65_HS1-834228961_62-HQ-83894_Section_4
Agency: FBI
Page 142
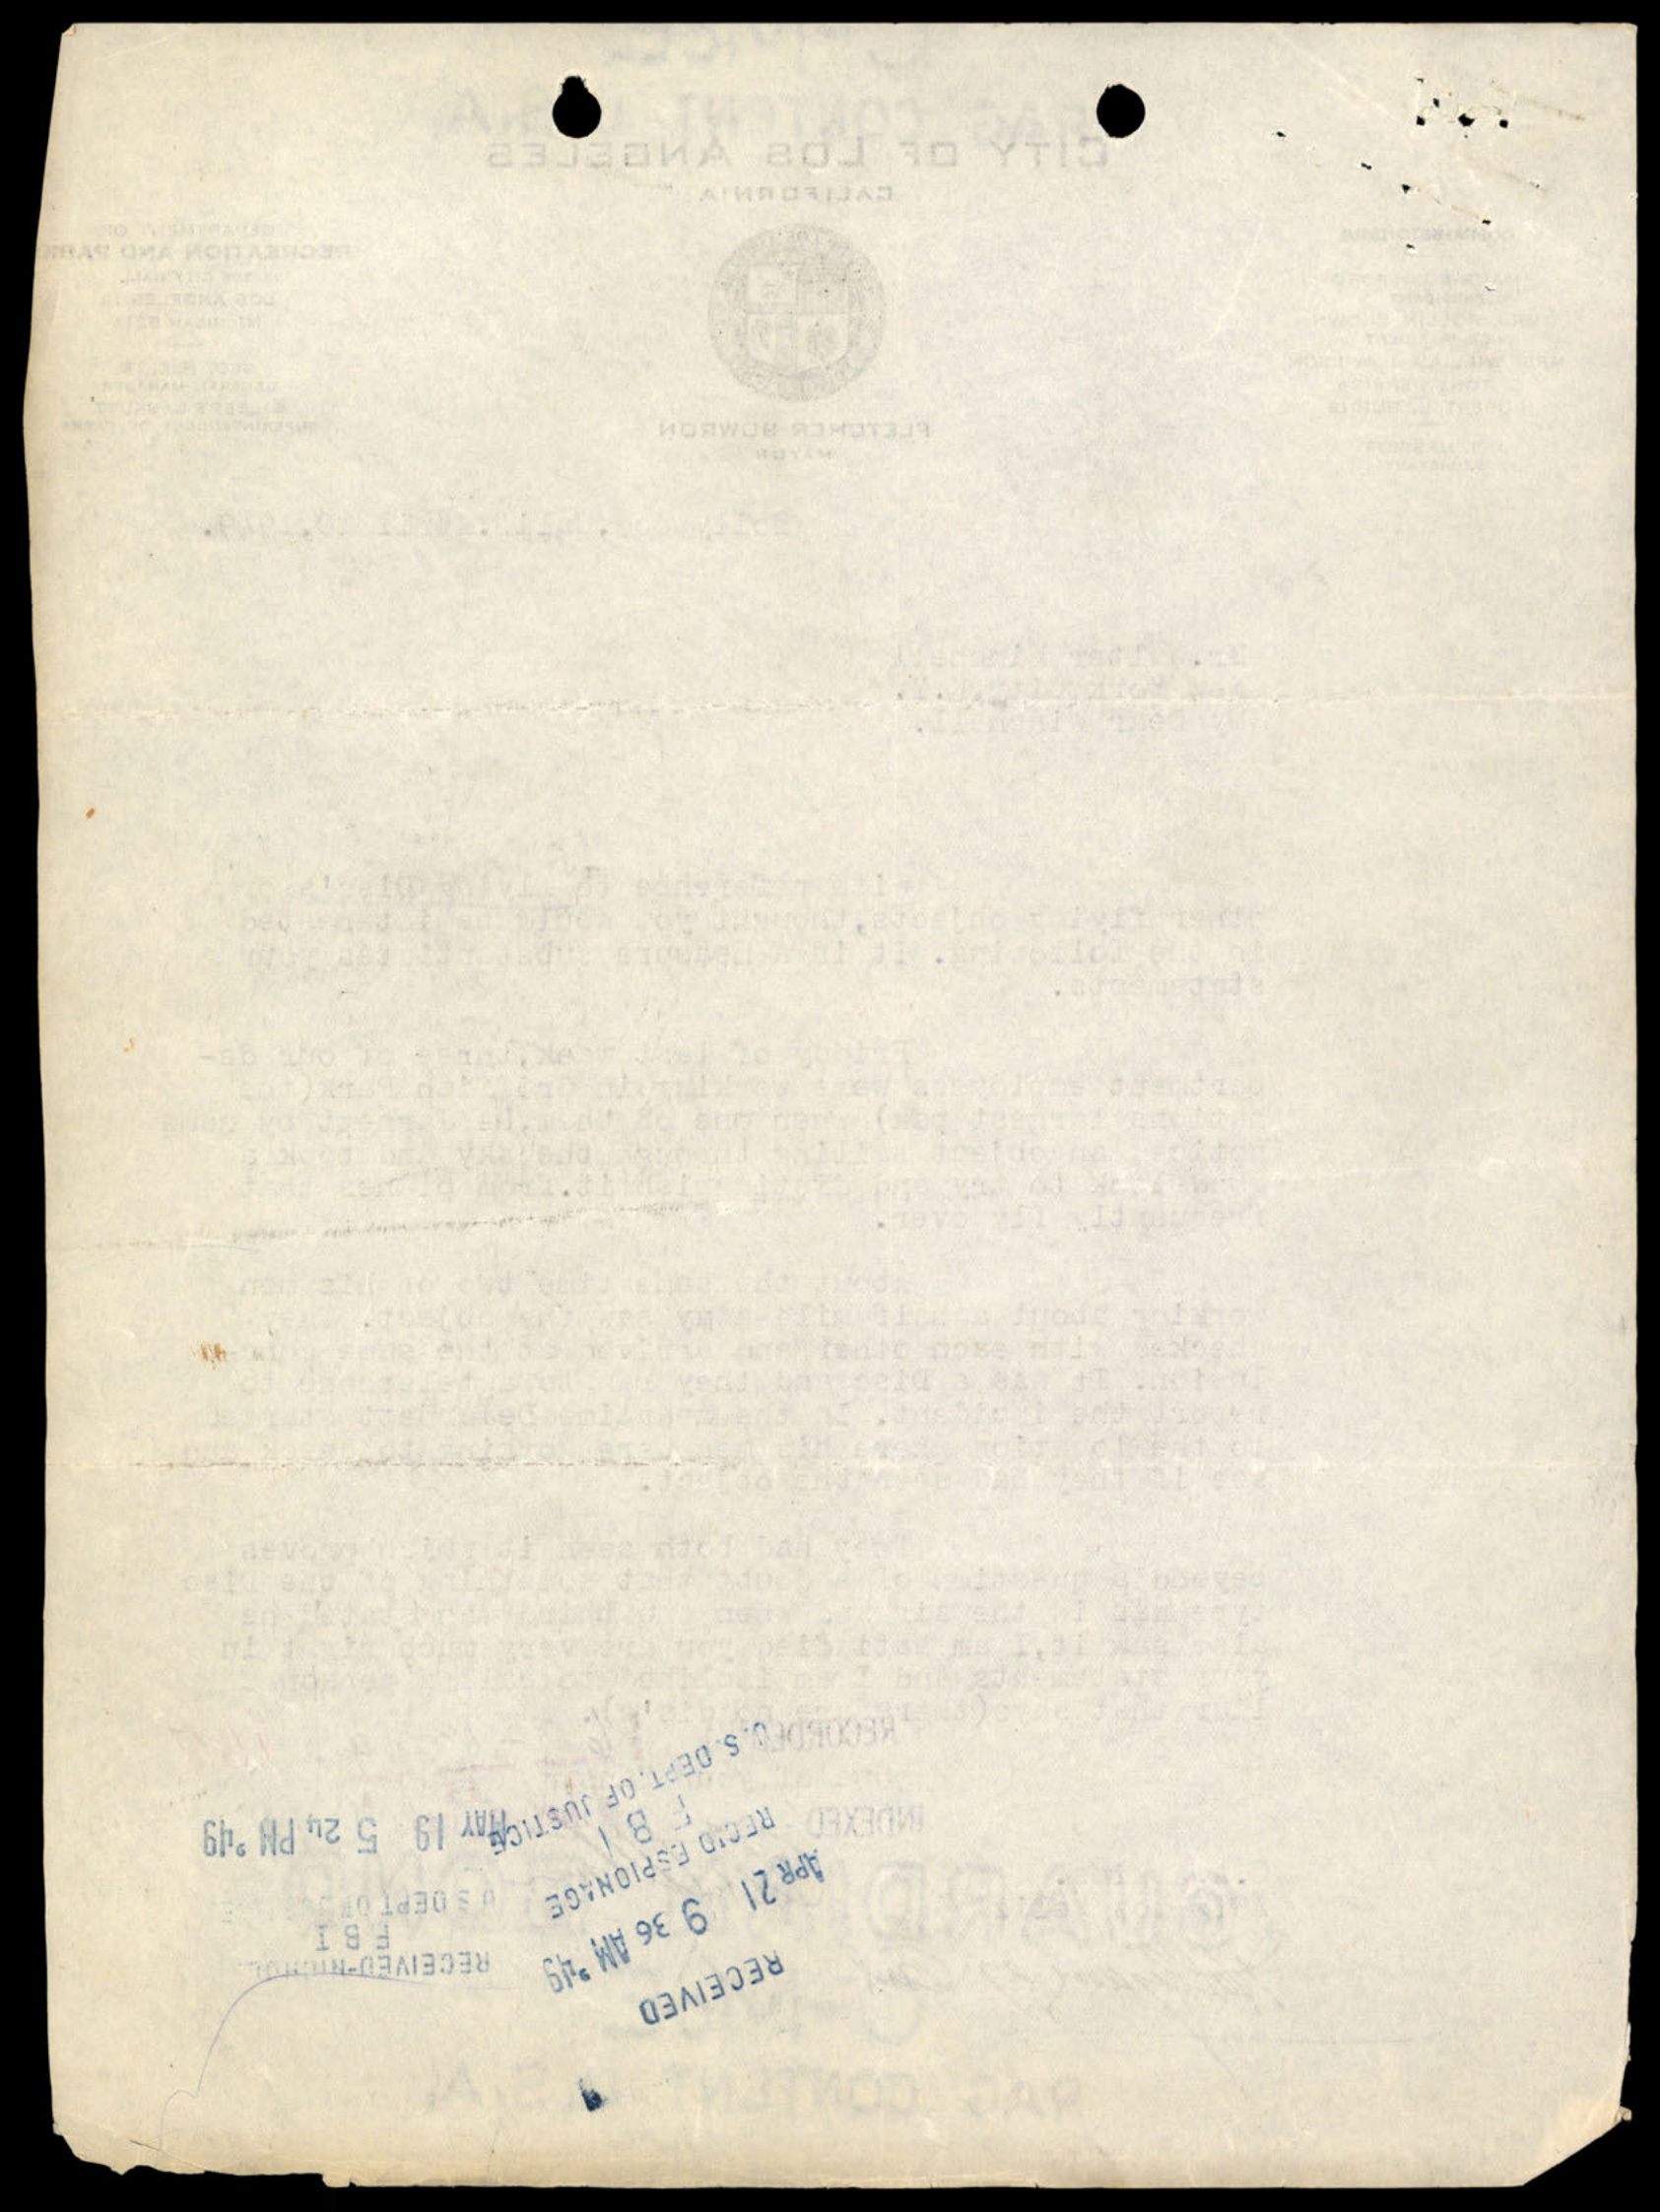